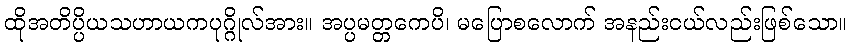
ထိုအတိပ္ပိယသဟာယကပုဂ္ဂိုလ်အား။ အပ္ပမတ္တကေပိ၊ မပြောစလောက် အနည်းငယ်လည်းဖြစ်သော။